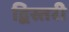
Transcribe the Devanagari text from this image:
द्विस्तरी